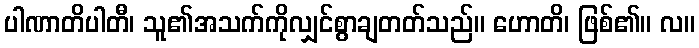
ပါဏာတိပါတီ၊ သူ၏အသက်ကိုလျှင်စွာချတတ်သည်။ ဟောတိ၊ ဖြစ်၏။ လ။